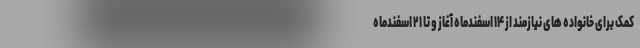
کمک برای خانواده های نیازمند از ۱۴ اسفندماه آغاز و تا ۲۱ اسفندماه